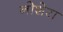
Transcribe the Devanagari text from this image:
नोशेरा